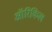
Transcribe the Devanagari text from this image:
ऑरिकिल